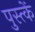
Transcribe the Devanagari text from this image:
पुस्त्कें